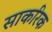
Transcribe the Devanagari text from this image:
साकरिक